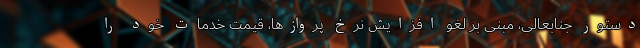
دستور جنابعالی، مبنی بر لغو افزایش نرخ پروازها، قیمت خدمات خود را